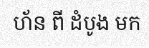
ហ័ន ពី ដំបូង មក